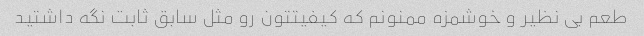
طعم بی نظیر و خوشمزه ممنونم که کیفیتتون رو مثل سابق ثابت نگه داشتید